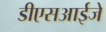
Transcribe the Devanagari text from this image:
डीएसआईजे